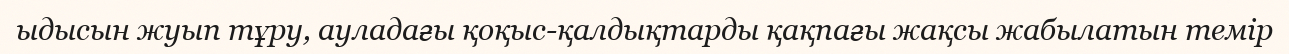
ыдысын жуып тұру, ауладағы қоқыс-қалдықтарды қақпағы жақсы жабылатын темір